Medical and sanitary report of the native army of Bengal for the year
Year: 1875
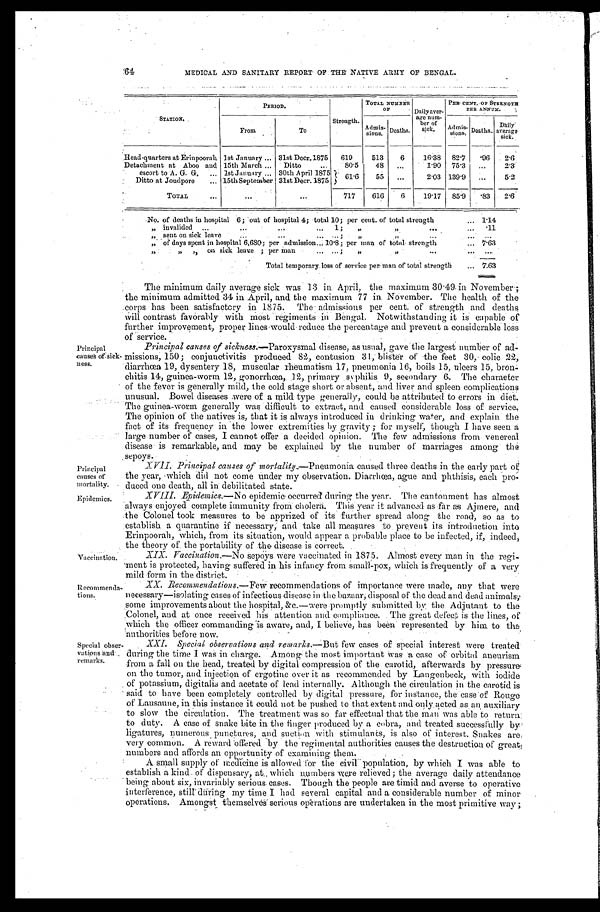
Principal
causes of
mortality.
Epidemics.
64
MEDICAL AND SANITARY REPORT OF THE NATIVE ARMY OF BENGAL.
STATION.
PERIOD.
Strength.
TOTAL NUMBER
OF Daily aver-
age num-
ber
sick.
PER CENT. OF STRENGTH
PER ANNUM.
From
To
Admis-
sions. Deaths.
Admis-
sions. Deaths. D a i l y a v e r a g e
sick.
Head-quarters at Erinpoorah 1st January . . . 31st Decr. 1875
619
513
6
16.38
82.7
.96
2.6
Detachment at Aboo and 15th March . . . Ditto . . .
80.5
48
. . .
1.90 75.3
. . .
2 . 3
escort to A. G. G. . . . 1st January . . . 30th April 1875
61.6
55
. . .
2.03 139.9
. . .
5.2
Ditto at Joudpore . . . 15th September 31st Decr. 1875
TOTAL . . .
. . .
. . .
717
616
6
19.17
85.9
.83
2.6
No. of deaths in hospital 6; out of hospital 4; total 10; per cent. of total strength . . .
1.14
" invalided . . . 1;
" " . . .
.11
" s e n t o n s i c k l e a v e . . . ; " " . . .
. . .
" of days spent in hospital 6,680; per admission . . . 10.8; per man of total-strength . . .
7.63
" " " on sick leave; per man . . . ; " " . . .
. . .
Total temporary loss of service per man of total strength . . . 7.63
Principal
causes of sick
-ness.
The minimum daily average sick was 13 in April, the maximum 30.49, in November;
the minimum admitted 34 in April, and the maximum 77 in November. The health of the
corps has been satisfactcry in 1875. The admissions per cent. of strength and deaths
will contrast favorably with most regiments in Bengal. Notwithstanding it is capable of
further improvement, proper lines would reduce the percentage and prevent a considerable loss
of service.
Principal causes of sickness .—Paroxysmal disease, as usual, gave the largest number of ad
-missions, 150; conjunctivitis produced 82, contusion 31, blister of the feet 30, colic 22,
diarrhœa 19, dysentery 18, muscular rheumatism 17, pneumonia 16, boils 15, ulcers 15, bro
n-chitis 14, guinea-worm 12, gonorrhœa, 12, primary .syphilis 9, secondary 6, The character
of the fever is generally mild, the cold stage short or absent, and liver and spleen complications
unusual. Bowel diseases were of a mild type generally, could be attributed to errors in diet.
The guinea-worm generally was difficult to extract, and caused considerable loss of service.
The opinion of the natives is, that it is always introduced in drinking water, and explain the
fact of its frequency in the lower extremities by gravity; for myself, though I have seen a
large number of cases, I cannot offer a decided opinion. The few admissions from venereal
disease is remarkable, and may be explained by the number of marriages among the
sepoys.
XVII. Principal causes of mortality.—Pneumonia caused three deaths in the early part of
the year, which did not come under my observation. Diarrhœa, ague and phthisis, each pro
-duced one death, all in debilitated state.
Epidemics.—No epidemic occurred during the year. The cantonment has almost
always enjoyed complete immunity from cholera. This year it advanced as far as Ajmere, and
the Colonel took measures to be apprized of its further spread along the road, so as to
establish a quarantine if necessary, and take all measures to. prevent its introduction into
Erinpoorah, which, from its situation, would appear a probable place to be infected, if, indeed,
the theory of. the portability of the disease is correct.
Vaccination.
Recommenda
-tions.
XIX. Vaccination .—No sepoys were vaccinated in 1875. Almost every man in the regi
- m e n t i s p r o t e c t e d , h a v i n g s u f f e r e d i n h i s i n f a n c y f r o m s m a l l - p o x , w h i c h i s f r e q u e n t l y o f a v e r y
mild form in the district.
XX. Recommendations .—Few recommendations of importance were made, any that were
necessary—isolating eases of infectious disease in the bazaar, disposal of the dead and dead animals,
some improvements about the hospital, &c.—were promptly submitted by the Adjutant to the
Colonel, and at once received his attention and compliance. The great defect is the lines, of
which the officer commanding is aware, and, I believe, has been represented by him to the
authorities before now.
Special obser-
vations and
remarks.
XXI. Special observations and remarks .—But few cases of special interest were treated
during the time I was in charge. Among the most important was a case of orbital aneurism
from a fall on the head, treated by digital compression of' the cavotid, afterwards by pressure
on the tumor, and injection of ergotine over it as recommended by Langenbeck, with iodide
of potassium, digitalis and acetate of lead internally. Although the circulation in the carotid is
said to have been completely controlled by digital pressure, for instance, the case of Rouge
of Lausanne, in this instance it could not be pushed to that extent and only acted as an auxiliary
to slow the circulation. The treatment was so far effectual that the man was able to return
to duty. A case of snake bite in the finger produced by a cobra, and treated successfully by
ligatures, numerous punctures, and suction with stimulants, is also of interest. Snakes are
very common. A reward offered by the regimental authorities causes the destruction of great
numbers and affords an opportunity of examining them.
A small supply of medicine is allowed for the civil population, by which I was able to
establish a kind of dispensary, at which numbers were relieved; the average daily attendance
being about six, invariably serious cases. Though the people are timid and averse to operative
interference, stilt during my time I had several capital and a considerable number of minor
operations. Amongst themselves serious operations are undertaken in the most primitive way;